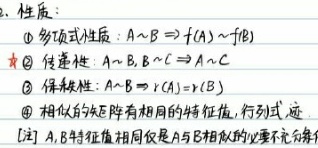
2. 性质：
    - \textcircled{1}多项式性质：$A\sim B\Rightarrow f(A)\sim f(B)$
    - \textcircled{2}传递性：$A\sim B,B\sim C\Rightarrow A\sim C$
    - \textcircled{3} 保秩性：$A\sim B\Rightarrow r(A)=r(B)$
    - \textcircled{4} 相似的矩阵有相同的特征值、行列式、迹
    - \textcircled{5} $A,B$特征值相同仅是$A$与$B$相似的必要不充分条件